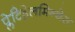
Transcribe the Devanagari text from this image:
प्लेटिहेलमिन्थेस